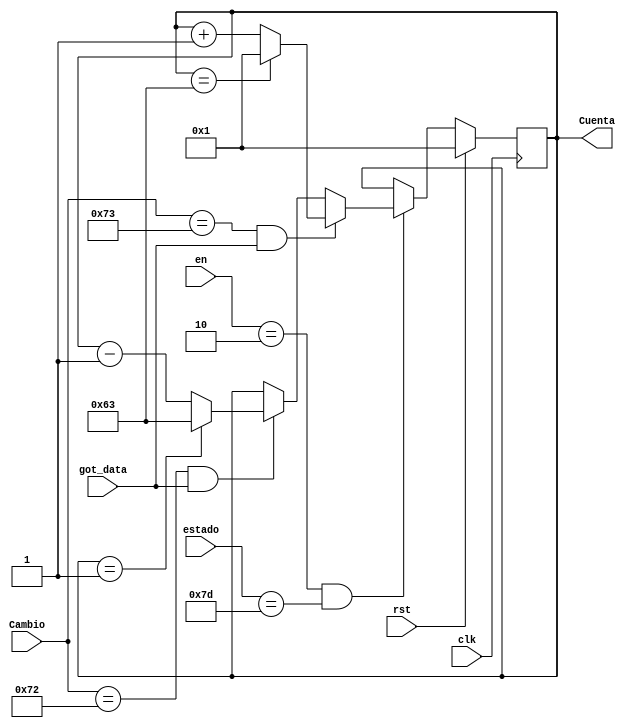
module Contador_AD_Dia(
    input rst,
	 input [7:0]estado,
	 input [1:0] en,
    input [7:0] Cambio,
	 input got_data,
    input clk,
    output reg [(N-1):0] Cuenta
    );
	 parameter N = 7;
	 parameter X = 99;
    always @(posedge clk)
	 if (rst)
	    Cuenta <= 1;
    else	if (en == 2'd2 && estado == 8'h7D)
         begin
	         if (Cambio == 8'h73 && got_data)
				begin
				   if (Cuenta == X)
				      Cuenta <= 1;
					else 
				      Cuenta <= Cuenta + 1'd1;
				end
				else if (Cambio == 8'h72 && got_data)
					  begin
				        if (Cuenta == 1)
						     Cuenta <= X;
					     else 
						     Cuenta <= Cuenta - 1'd1;
				     end
					  else 
					     Cuenta <= Cuenta;
	      end
	      else 
			   Cuenta <= Cuenta;
endmodule